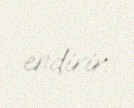
endirir.